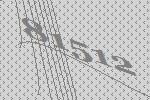
81512